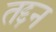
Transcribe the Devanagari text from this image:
तद्दन